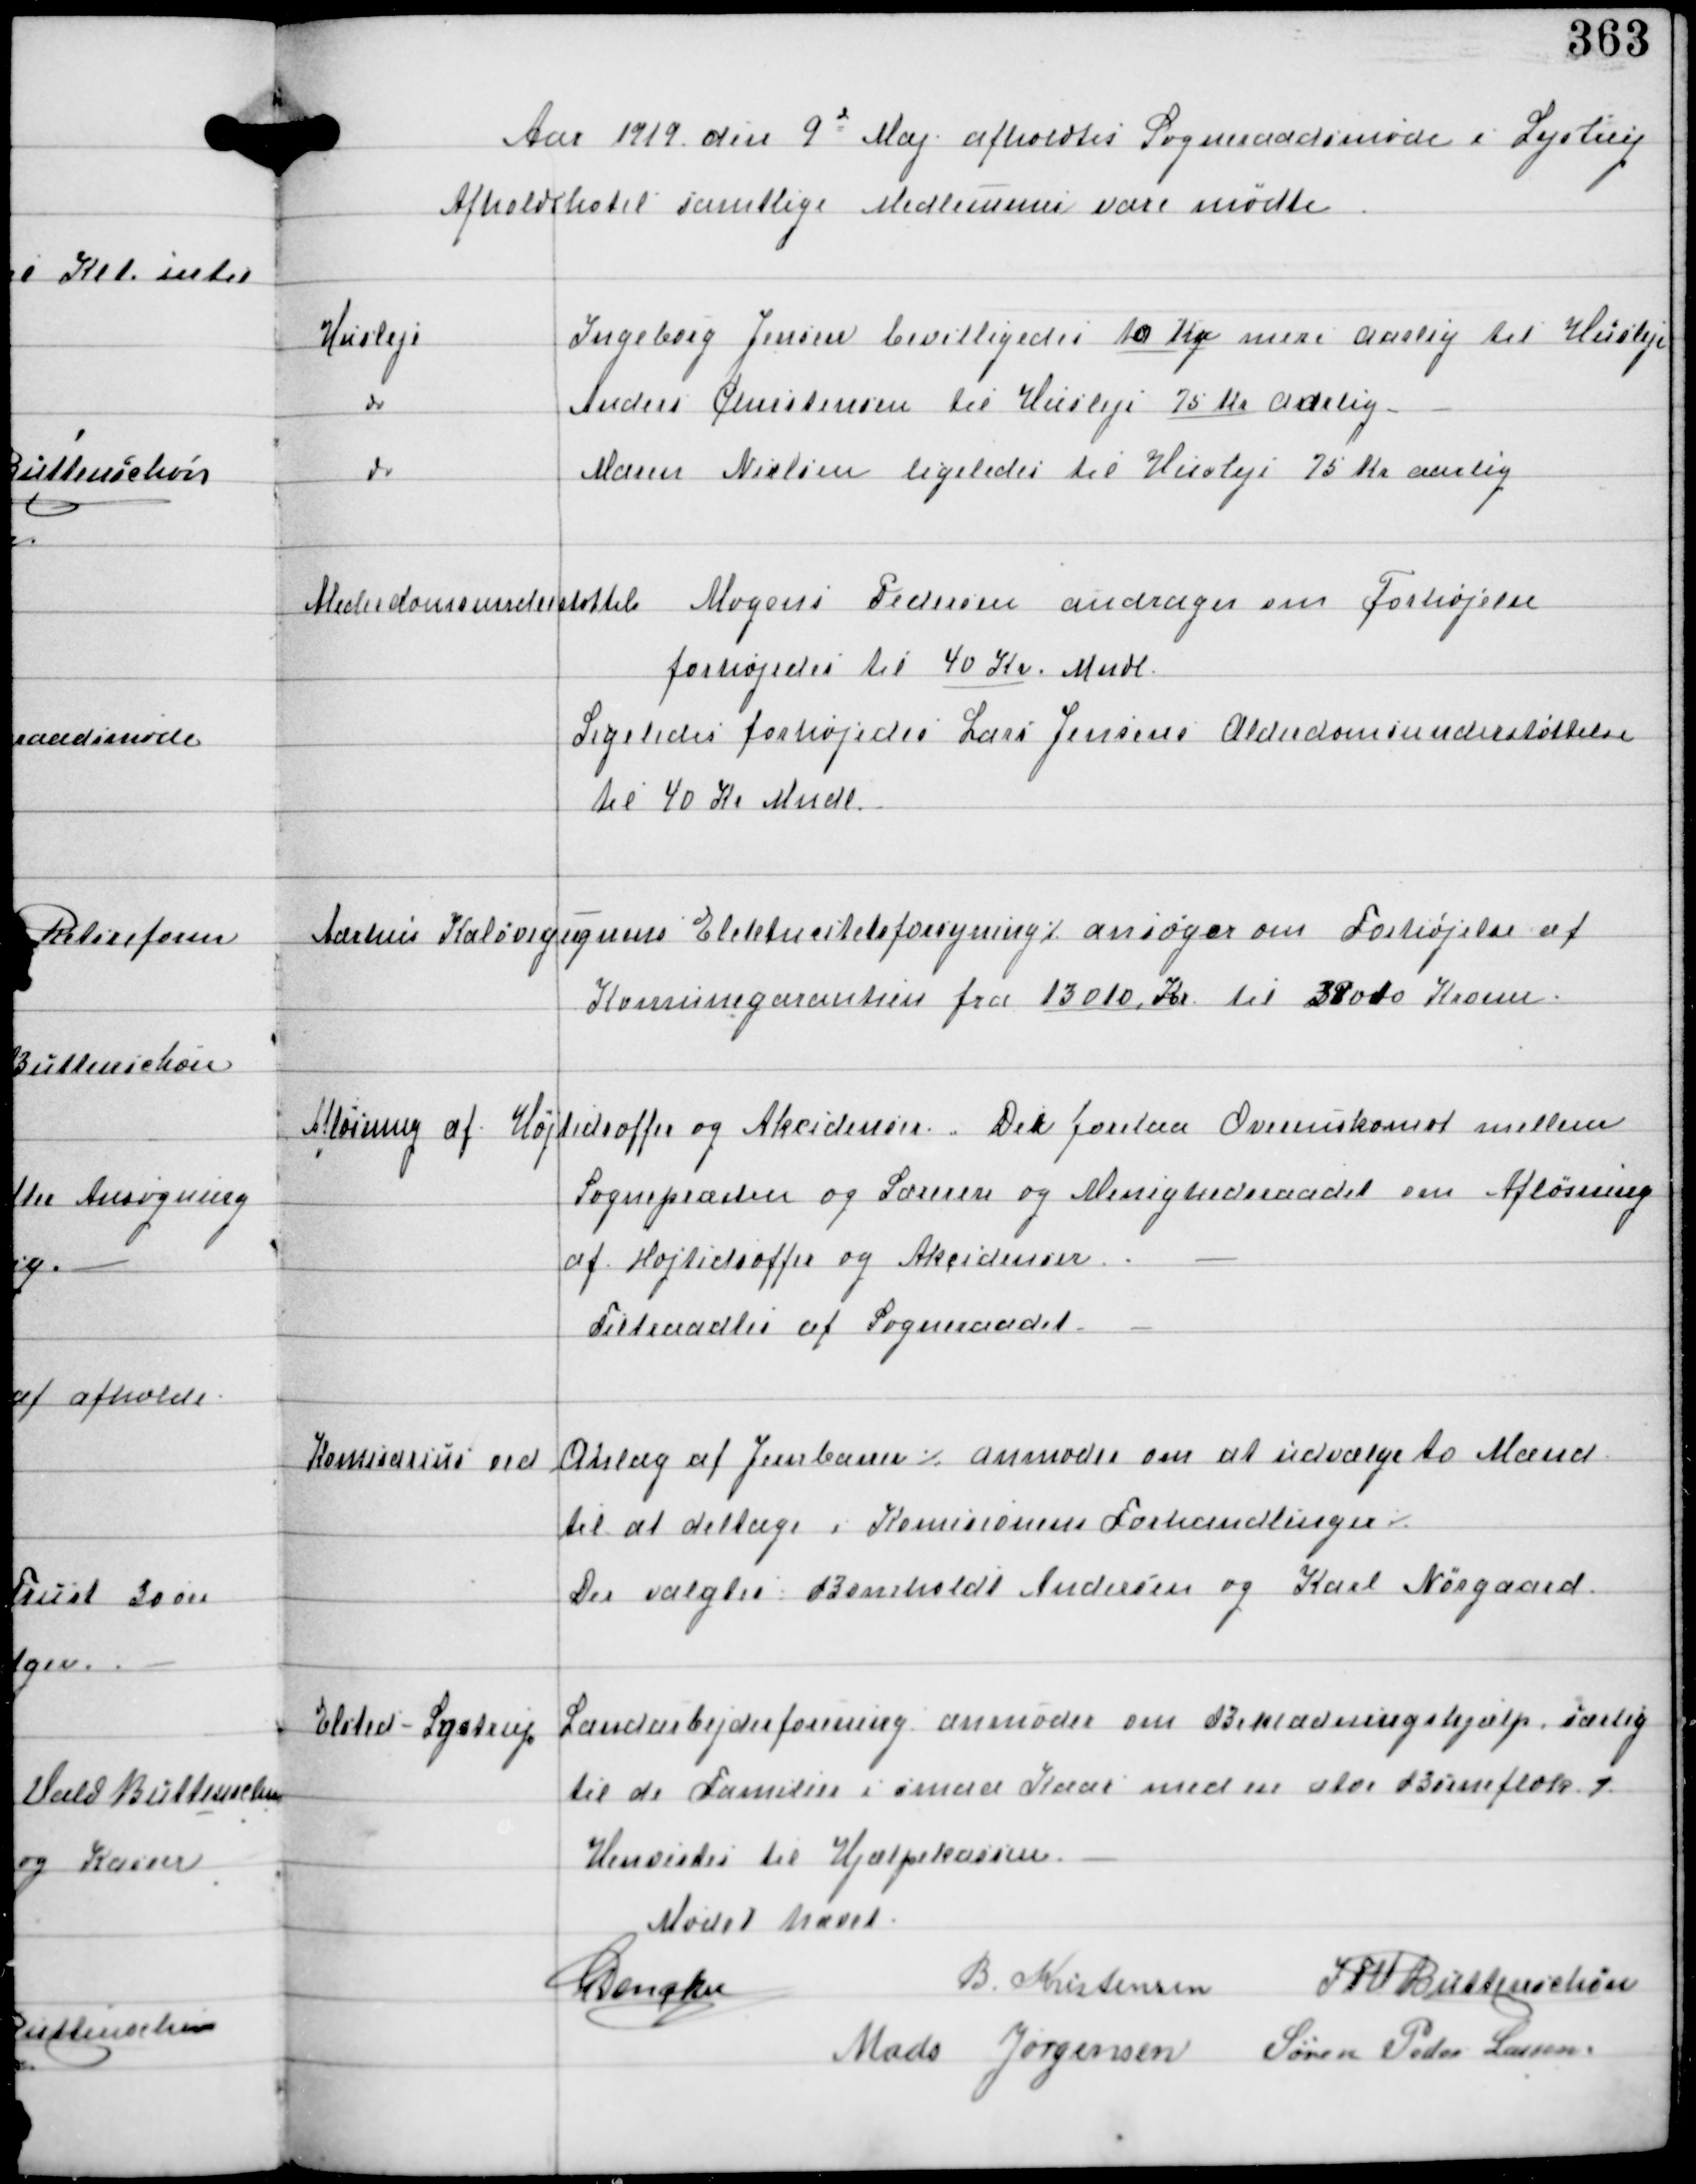
Transskription:
Aar 1919 den 9d Maj afholdtes Sogneraadsmøde i Lystrup
Afholdshotel samtlige Medlemmer vare mødte

Husleje

Ingeborg Jensen bevilligedes 10 Kr mere aarlig til Husleje

do

Anders Christensen til Husleje 75 Kr aarlig

do

Maren Nielsen ligeledes til Husleje 75 Kr aarlig

Alderdomsunderstøttelse

Mogens Pedersen andrager om Forhøjelse
forhøjedes til 40 Kr Mndl
Ligeledes forhøjedes Lars Jensens Alderdomsunderstøttelse
til 40 Kr Mndl

Aarhus Kaløvigegnens Elektricitetsforsyning ⁒ ansøger om Forhøjelse af
Komunegarantien fra 13010 Kr til 28010 Kroner

Afløsning af Højtidsoffer og Akcidenser.
Der forelaa Overenskomst mellem
Sognepræsten og Lærere og Menighedsraadet om Afløsning
af Højtidsoffer og Akcidenser.
Tiltraadtes af Sogneraadet.

Komissæren ved Anlæg af Jernbaner ⁒ anmoder om at udvælge to Mænd
til at deltage i Komissionens Forhandlinger ⁒
Der valgtes Bomholdt Andersen og Karl Nørgaard

Elsted-Lystrup Landarbejderforening anmoder om Beklædningshjælp, særlig
til de Familier i smaa Kaar med en stor Børneflok ⁒
Henvistes til Hjælpekassen.

Mødet hævet
C Dencker
B Kristensen IFV Buttenschøn
Mads Jørgensen Søren Peder Lassen